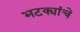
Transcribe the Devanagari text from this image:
भटक्यांचे